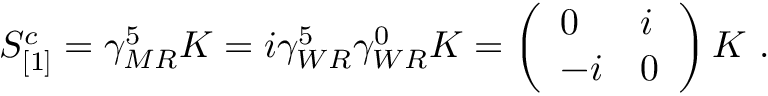
S _ { [ 1 ] } ^ { c } = \gamma _ { M R } ^ { 5 } { \cal K } = i \gamma _ { W R } ^ { 5 } \gamma _ { W R } ^ { 0 } { \cal K } = \left( \begin{array} { l l } { { 0 } } & { { i } } \\ { { - i } } & { { 0 } } \end{array} \right) { \cal K } \, \, .